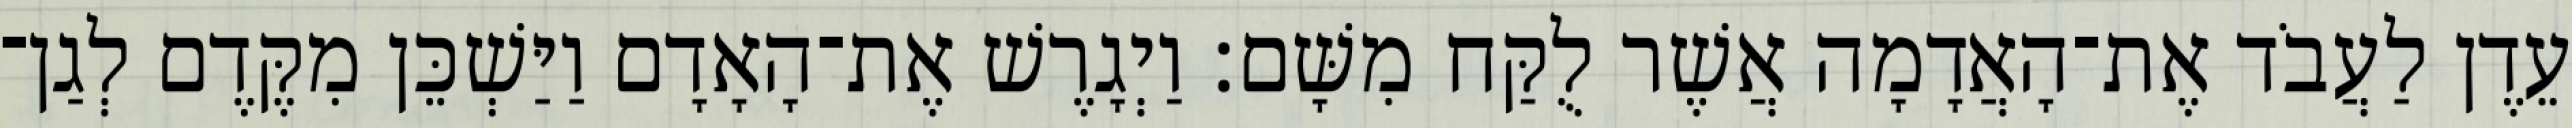
עֵדֶן לַעֲבֹד אֶת־הָאֲדָמָה אֲשֶׁר לֻקַּח מִשָּׁם׃ וַיְגָרֶשׁ אֶת־הָאָדָם וַיַּשְׁכֵּן מִקֶּדֶם לְגַן־